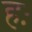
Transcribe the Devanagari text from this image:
हः